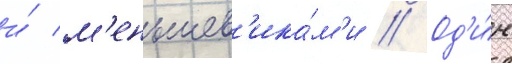
и́ м'еньшев'ика́м'и // Од'и́н